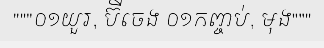
"""០១យួរ, ប៊ីចេង ០១កញ្ចប់, មុង"""